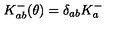
K _ { a b } ^ { - } ( \theta ) = \delta _ { a b } K _ { a } ^ { - }